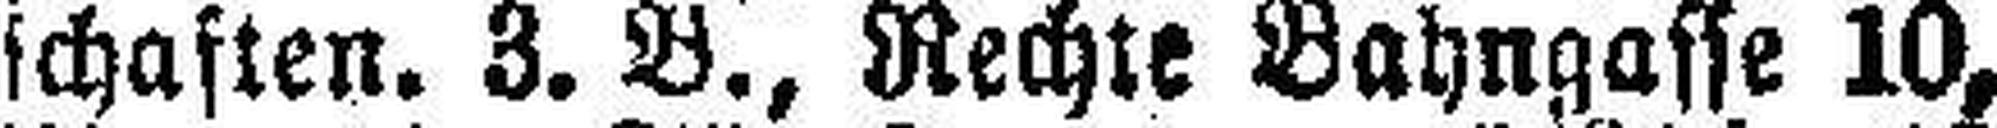
schaften. 3. B., Rechte Bahngasse 10,